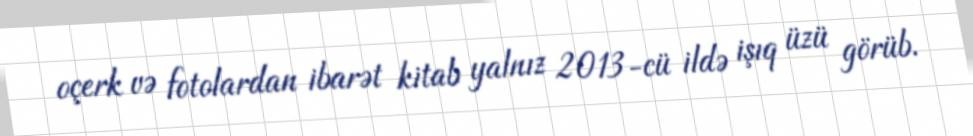
oçerk və fotolardan ibarət kitab yalnız 2013-cü ildə işıq üzü görüb.